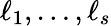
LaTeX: \ell_{1},\ldots,\ell_{s}